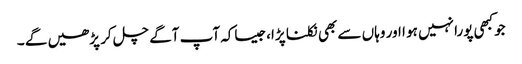
جوکبھی پورا نہیں ہو ا اور وہاں سے بھی نکلنا پڑا،جیساکہ آپ آگے چل کر پڑھیں گے ۔